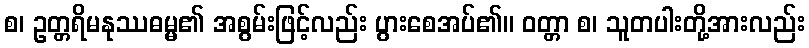
စ၊ ဥတ္တရိမနုဿဓမ္မ၏ အစွမ်းဖြင့်လည်း ပွားစေအပ်၏။ ဝတ္တာ စ၊ သူတပါးတို့အားလည်း